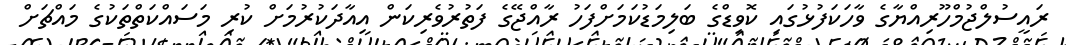
ރައީސުލްޖުމްހޫރިއްޔާގެ ވާހަކަފުޅުގައި ކޮވިޑްގެ ބަލިމަޑުކަމަށްފަހު ރާއްޖޭގެ ފަތުރުވެރިކަން އިއާދަކުރުމަށް ކުރި މަސައްކަތްތަކުގެ މައްޗަށް